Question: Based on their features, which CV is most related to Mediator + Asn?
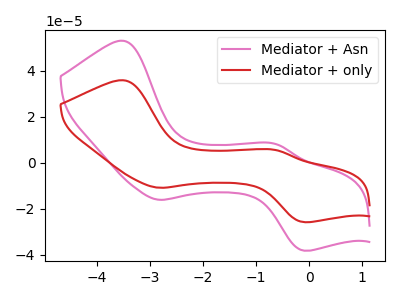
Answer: <think>The pink curve "Mediator + Asn" has anodic peaks at (-3.50V, 52.95uA) (-0.65V, 8.15uA) and cathodic peaks at (-2.80V, -16.15uA) (-0.10V, -38.25uA). The red curve "Mediator + only" has anodic peaks at (-3.50V, 35.80uA) (-0.65V, 5.50uA) and cathodic peaks at (-2.80V, -10.90uA) (-0.10V, -25.85uA).
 All the peaks in "Mediator + Asn" have a peak in "Mediator + only" at the same potential. Every peak in "Mediator + Asn" is higher than every peak in "Mediator + only".</think>
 <answer>The CV with the most similar shape to "Mediator + only" is "Mediator + Asn".</answer>
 <eval>"Mediator + Asn"</eval>